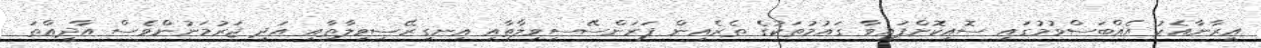
އީރާނާއެކު އެއްބަސްވުމުގައި ސޮއިކޮށްފައިވާ ގައުމުތަކުގެ ތެރެއިން ފަރަންސޭސިވިލާތާއި އިނގިރޭސިވިލާތާއި އަދި ޖަރުމަނުންވެސް އާދީއްތަ